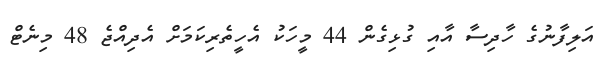
އަލިފާނުގެ ހާދިސާ އާއި ގުޅިގެން 44 މީހަކު އެހީތެރިކަމަށް އެދިއްޖެ 48 މިނެޓް